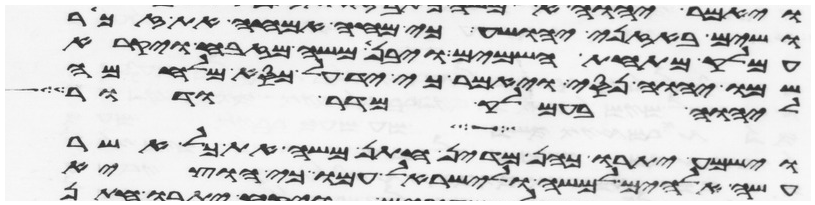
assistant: ושים באזני יהושע כי מחה אמחה את זכר
עמלק מתחת השמים ויבן משה מזבח ויקרא
שמו יהוה נסי ויאמר כי יד על כסא מלחמה
ליהוה בעמלק מדר ודר
וישמע יתרו כהן מדין חתן משה את כל אשר
עשה אלהים למשה ולישראל עמו כי הוציא